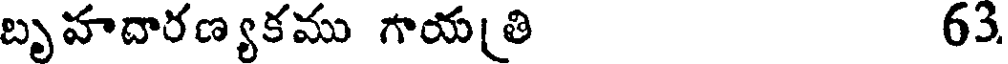
బృహదారణ్యకము గాయతి 63.